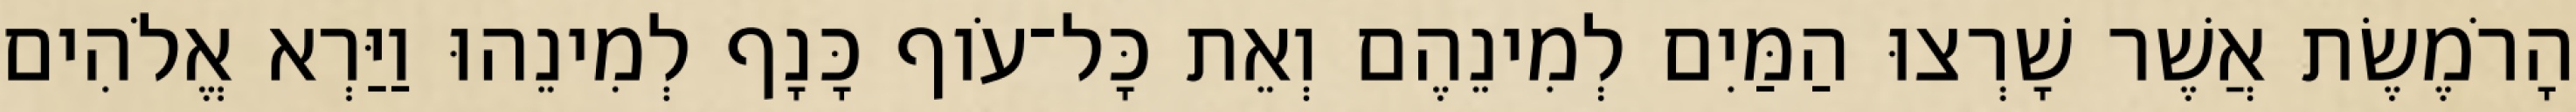
הָרֹמֶשֶׂת אֲשֶׁר שָׁרְצוּ הַמַּיִם לְמִינֵהֶם וְאֵת כָּל־עֹוף כָּנָף לְמִינֵהוּ וַיַּרְא אֱלֹהִים